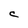
Character: C